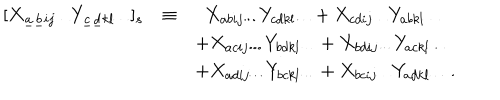
\begin{array} { l c l } { { [ X _ { \underline { { { a } } } \underline { { { b } } } i j \cdots } Y _ { \underline { { { c } } } \underline { { { d } } } k l \cdots } ] _ { s } } } & { { \equiv } } & { { ~ ~ X _ { a b i j \cdots } Y _ { c d k l \cdots } + X _ { c d i j \cdots } Y _ { a b k l \cdots } } } \\ { { } } & { { } } & { { + X _ { a c i j \cdots } Y _ { b d k l \cdots } + X _ { b d i j \cdots } Y _ { a c k l \cdots } } } \\ { { } } & { { } } & { { + X _ { a d i j \cdots } Y _ { b c k l \cdots } + X _ { b c i j \cdots } Y _ { a d k l \cdots } \ . } } \\ \end{array}